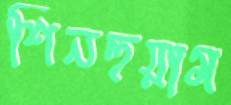
শিনহুয়াম